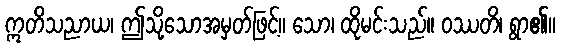
ဣတိသညာယ၊ ဤသို့သောအမှတ်ဖြင့်။ သော၊ ထိုမင်းသည်။ ဝဿတိ၊ ရွာ၏။